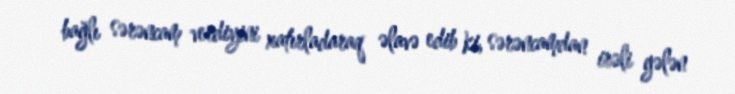
bağlı sərəncam verdiyini xatırladaraq əlavə edib ki, sərəncamdan irəli gələn